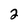
Character: 2